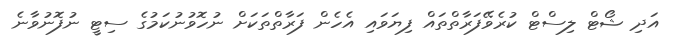
އަދި ޝޯޓް ލިސްޓް ކުރެވޭފަރާތްތައް ފިޔަވައި އެހެން ފަރާތްތަކަށް ނުހޮވުނުކަމުގެ ސިޓީ ނުފޮނުވާނެ